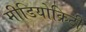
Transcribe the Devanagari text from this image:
मीडियोक्रिटी